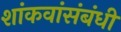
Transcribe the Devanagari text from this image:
शांकवांसंबंधी